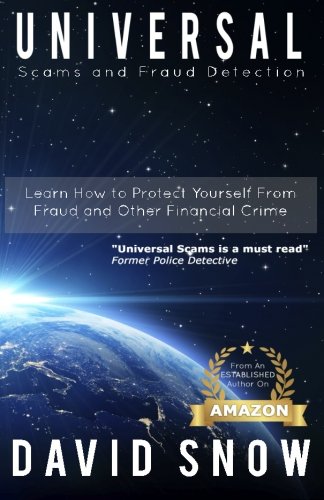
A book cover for Universal Scams & Fraud Detection; David Snow; Biographies & Memoirs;